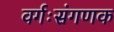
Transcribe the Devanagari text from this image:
वर्गःसंगणक